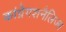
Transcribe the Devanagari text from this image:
कांग्रेगशनैलिज्म